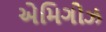
એમિગોઝ